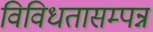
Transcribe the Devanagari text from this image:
विविधतासम्पन्न